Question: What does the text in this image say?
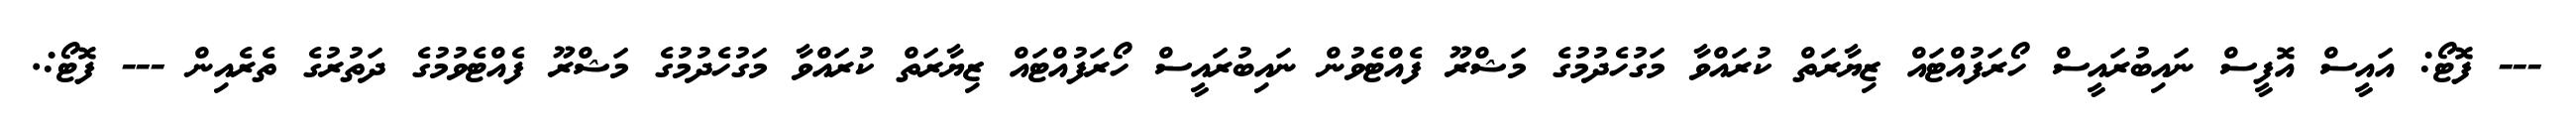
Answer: --- ފޮޓޯ: އައީސް އޮފީސް ނައިބުރައީސް ހޯރަފުއްޓައް ޒިޔާރަތް ކުރައްވާ މަގުހެދުމުގެ މަޝްރޫ ފެއްޓެވުން ނައިބުރައީސް ހޯރަފުއްޓައް ޒިޔާރަތް ކުރައްވާ މަގުހެދުމުގެ މަޝްރޫ ފެއްޓެވުމުގެ ދަތުރުގެ ތެރެއިން --- ފޮޓޯ:.